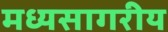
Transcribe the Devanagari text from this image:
मध्यसागरीय